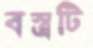
বস্ত্রটি